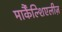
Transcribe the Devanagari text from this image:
मार्कैंल्शिएलीज़